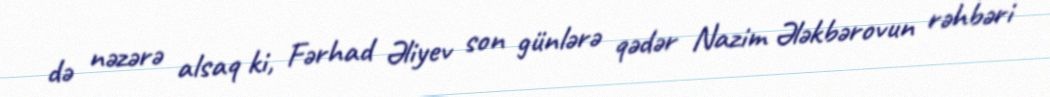
də nəzərə alsaq ki, Fərhad Əliyev son günlərə qədər Nazim Ələkbərovun rəhbəri